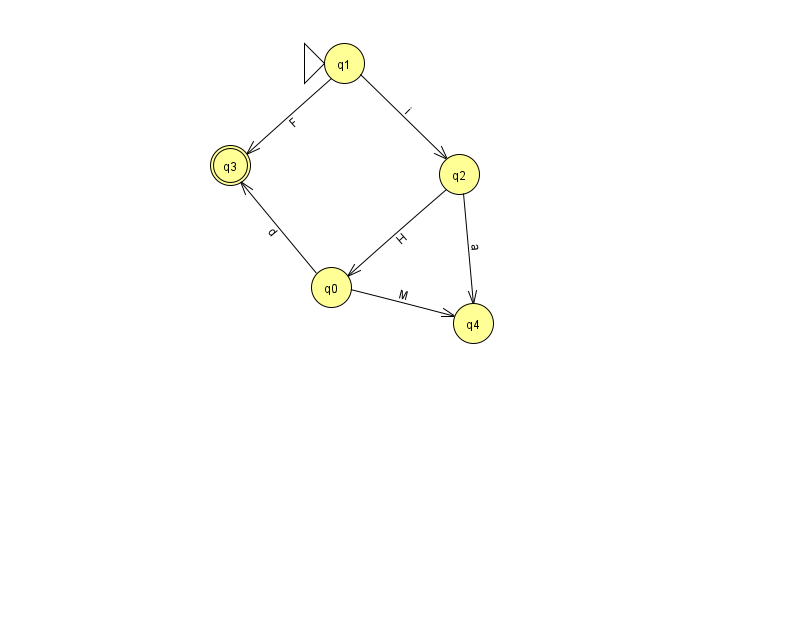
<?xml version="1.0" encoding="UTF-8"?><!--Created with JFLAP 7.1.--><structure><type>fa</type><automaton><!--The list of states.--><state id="0" name="q0"><x>331.0</x><y>274.0</y></state><state id="1" name="q1"><x>344.0</x><y>50.0</y><initial/></state><state id="2" name="q2"><x>459.0</x><y>161.0</y></state><state id="3" name="q3"><x>230.0</x><y>152.0</y><final/></state><state id="4" name="q4"><x>473.0</x><y>310.0</y></state><!--The list of transitions.--><transition><from>0</from><to>4</to><read>M</read></transition><transition><from>1</from><to>2</to><read>i</read></transition><transition><from>0</from><to>3</to><read>d</read></transition><transition><from>2</from><to>0</to><read>H</read></transition><transition><from>1</from><to>3</to><read>F</read></transition><transition><from>2</from><to>4</to><read>a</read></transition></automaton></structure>